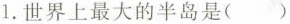
1.世界上最大的半岛是()